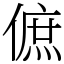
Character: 𠌮